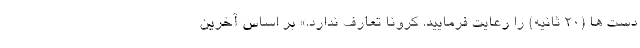
دست ها (۲۰ ثانیه) را رعایت فرمایید. کرونا تعارف ندارد.» بر اساس آخرین